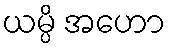
ယမ္ပိ အဟော